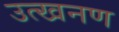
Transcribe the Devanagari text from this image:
उत्खनण